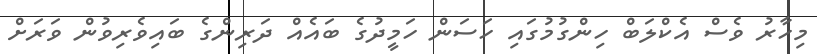
މިހާރު ވެސް އެކްލަބް ހިންގުމުގައި ހަސަން ހަމީދުގެ ބައެއް ދަރިންގެ ބައިވެރިވުން ވަރަށް